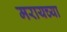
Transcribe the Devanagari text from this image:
मरायच्या